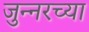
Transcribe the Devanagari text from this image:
जुन्‍नरच्या